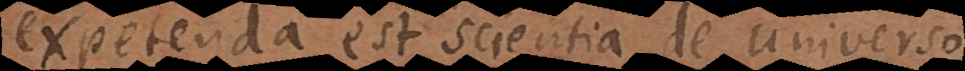
expetenda est scientia de Universo